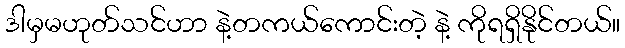
ဒါမှမဟုတ်သင်ဟာ နဲ့တကယ်ကောင်းတဲ့ နဲ့ ကိုရရှိနိုင်တယ်။